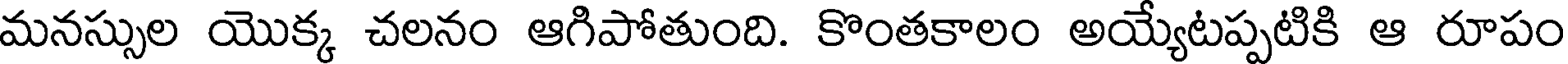
మనస్సుల యొక్క చలనం ఆగిపోతుంది. కొంతకాలం అయ్యటప్పటికి ఆ రూపం